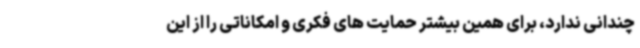
چندانی ندارد، برای همین بیشتر حمایت های فکری و امکاناتی را از این